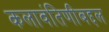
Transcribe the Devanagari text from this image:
कलावंतिणीबद्दल